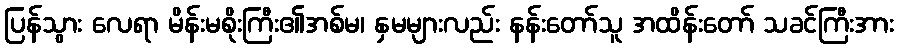
ပြန်သွား လေရာ မိန်းမစိုးကြီး၏အစ်မ၊ နှမများလည်း နန်းတော်သူ အထိန်းတော် သခင်ကြီးအား